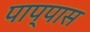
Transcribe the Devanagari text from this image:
पाप्पास